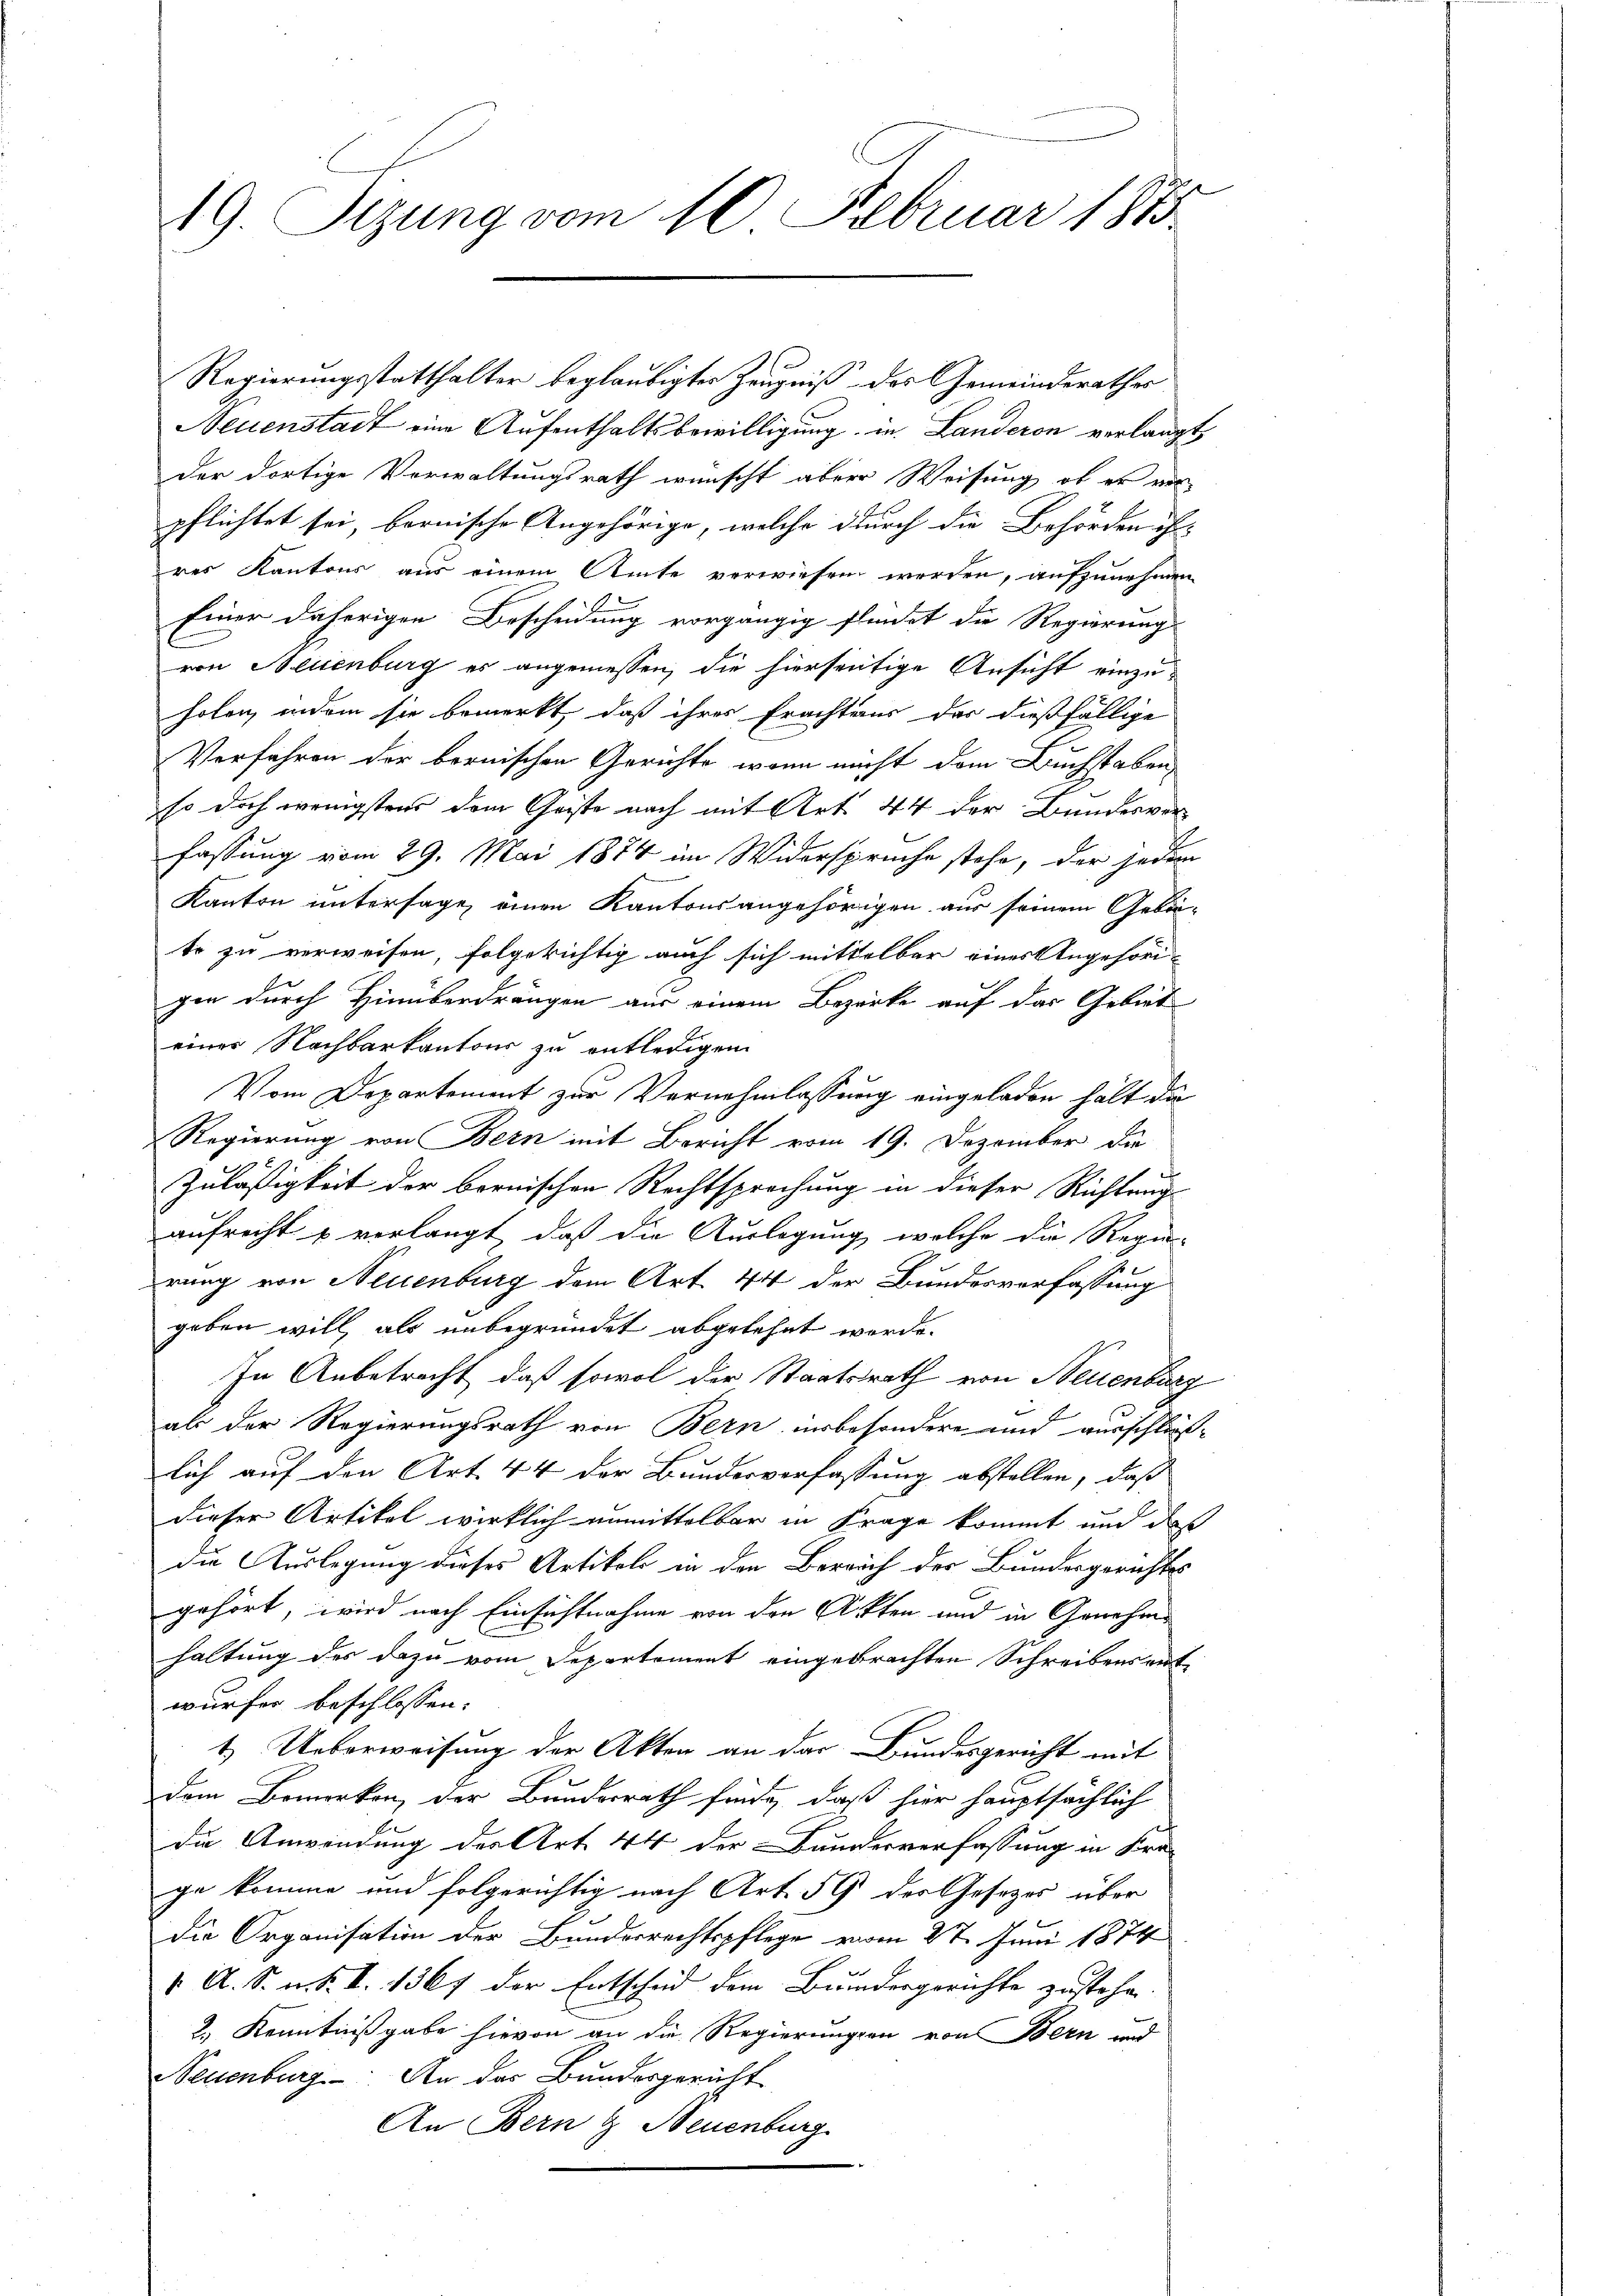
49. Sizung vom 10. Februar 1873.

Regierungsstatthalter beglaubigter Zeugniß des Gemeinderathes
Neuenstadt eine Aufenthaltsbewilligung in Landeron verlangt,
der dortige Verwaltungsrath wünscht aber Weisung, ob er vor
pflichtet sei, bernische Angehörige, welche durch die Behörden ih-
res Kantons aus einem Amte verwiesen werden, aufzunehmen
Einer daherigen Bescheidung vorgängig findet die Regierung
von Neuenburg es angeniessen, die hierseitige Ansicht einzuholen, indem sie bemerkt, daß ihres Erachtens der dießfällige
Verführen der bernischen Gerichte, wenn nicht dem Buchstaben
so doch wenigstens dem Geiste nach mit Art. 44 der Bundesverfassung vom 29. Mai 1874 im Widerspruche stehe, der jedem
Kanton untersage, einen Kantonsangehörigen aus seinem Gebäu-
te zu verweisen, folgerichtig auch sich mittelbar eines Angehöri
gen durch Hinüberdrängen aus einem Bezirke auf das Gebiet
einer Nachbarkantons zu entledigen.
Vom Departement zur Vernehmlassung eingeladen hält da
Regierung von Bern mit Bericht vom 19. Dezember die
Zuläßigkeit der bernischen Rechtsprechung in dieser Richtung
aufrecht u verlangt, daß die Auslegung, welche die Regen-
prung von Neuenburg dem Art. 44 der Bundesverfassung
geben will, als unbegründet abgelehnt werde.
In Anbetracht, daß sowol der Staatsrath von Neuenburg
als der Regierungsrath von Bern insbesondere und ausschließlich auf den Art. 44 der Bundesverfassung abstellen, daß
dieser Artikel wirklich unmittelbar in Frage kommt und daß
die Auslegung dieses Artikale in den Bereich der Bundesgerichts
gehört, wird nach Einsichtnahme von den Akten und in Genehme
haltung des dazu vom Departement eingebrachten Schreibensentwürfen beschlossen:
1.) Ueberweisung der Akten an der Bundesgericht mit
dem Bemerken, der Bundesrath finde, daß hier hauptsächlich
Die Anwendung der Art. 44 der Bundesverfassung in Kre-
ge komme und folgerichtig nach Art. 59 des Gesezes über
die Organisation der Bundesrechtspflege vom 27. Juni 1874
1. A. S. u. S. I. 1367 der Entscheid dem Bundesgerichte zustehen.
2.) Kenntnißgabe hievon an die Regierungen von Bern und
Neuenburg. An das Bundesgericht
An Bern & Neuenburg